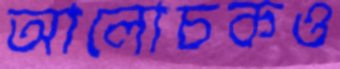
আলোচকও